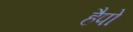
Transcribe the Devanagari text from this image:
हैपो